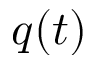
q ( t )